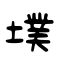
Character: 墣